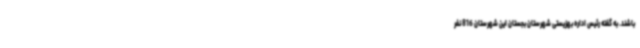
باشند. به گفته رئیس اداره بهزیستی شهرستان بجستان این شهرستان 816 نفر